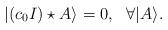
LaTeX: \begin{align*}|(c_0I)\star A\rangle=0,\ \ \forall |A\rangle.\end{align*}